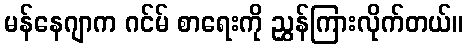
မန်နေဂျာက ဂင်မ် စာရေးကို ညွှန်ကြားလိုက်တယ်။